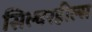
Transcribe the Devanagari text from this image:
सिल्वरहील्स